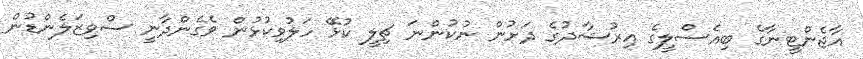
އާޖެންޓީނާގެ ބިއެސްލީގެ އިރުޝާދުގެ ދަށުން ނުކުންނަ ޗިލީ ކުޅޭ ހަލުވިކުޅުން ވެގެންދާނީ ސްވިޒަލެންޑުން